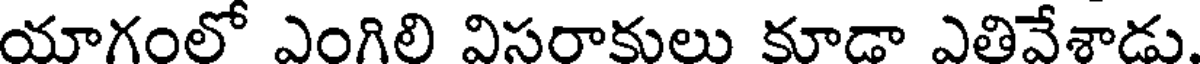
యాగంలో ఎంగిలి విసరాకులు కూడా ఎతివేశాడు